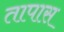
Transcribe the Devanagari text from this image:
तापास